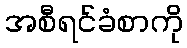
အစီရင်ခံစာကို